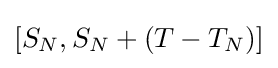
[S_{N},S_{N}+(T-T_{N})]